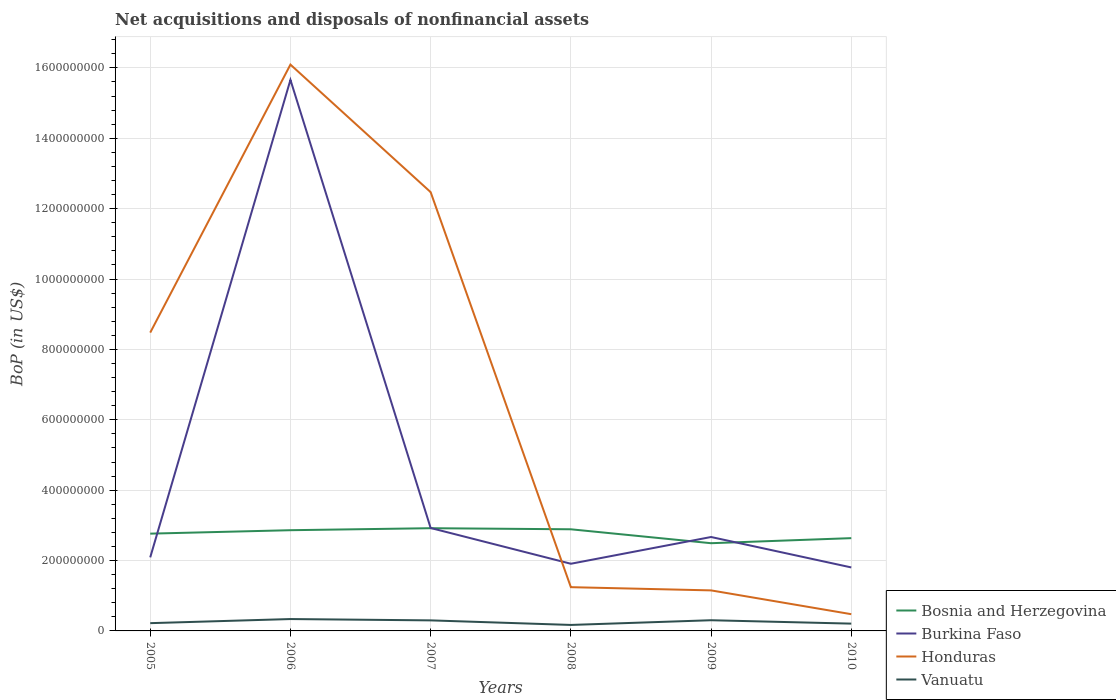
| Years | Bosnia and Herzegovina | Burkina Faso | Honduras | Vanuatu |
 | --- | --- | --- | --- | --- |
 | 2005 | 2.76e+08 | 2.09e+08 | 8.48e+08 | 2.21e+07 |
 | 2006 | 2.86e+08 | 1.57e+09 | 1.61e+09 | 3.37e+07 |
 | 2007 | 2.92e+08 | 2.92e+08 | 1.25e+09 | 3e+07 |
 | 2008 | 2.89e+08 | 1.91e+08 | 1.24e+08 | 1.7e+07 |
 | 2009 | 2.49e+08 | 2.67e+08 | 1.15e+08 | 3.04e+07 |
 | 2010 | 2.64e+08 | 1.8e+08 | 4.76e+07 | 2.07e+07 |